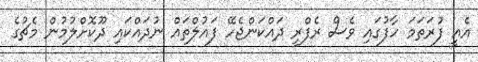
އެއީ ފުރަތަމަ ހާފުގައި ވެސް ރެފްރީ ދައްކަންޖެހޭ ފައުލްތައް ނުދައްކައި ދޫކޮށްލުމުން މެޗުގެ